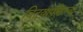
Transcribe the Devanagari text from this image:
विदयापीठाचा